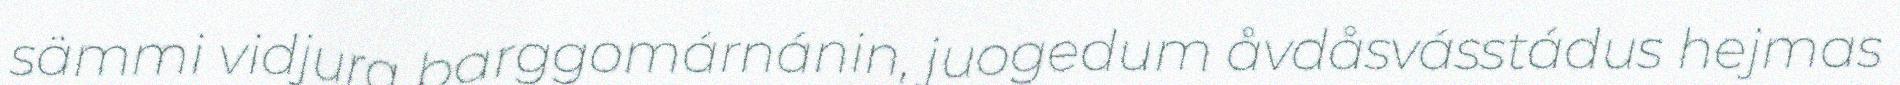
sämmi vidjura barggomárnánin, juogedum åvdåsvásstádus hejmas